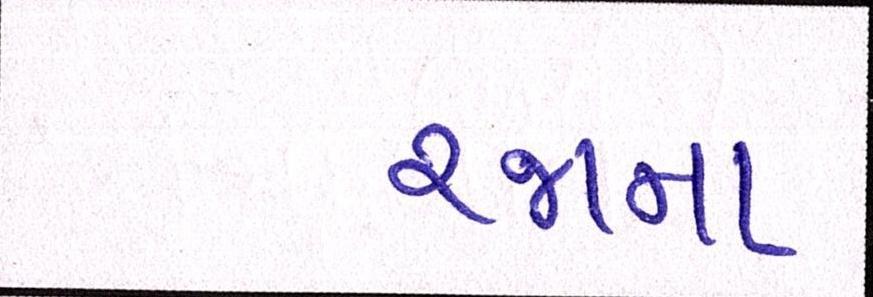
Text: રજાના